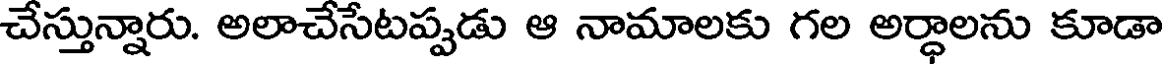
చేస్తున్నారు. అలాచేసేటప్పడు ఆ నామాలకు గల అర్ధాలను కూడా